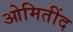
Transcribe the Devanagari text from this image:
ओमितींद